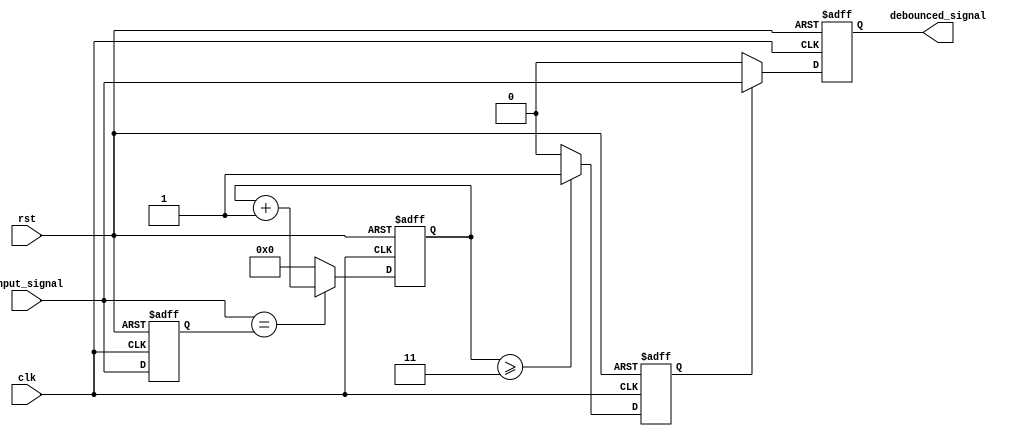
module debounce_circuit(
    input wire clk,
    input wire rst,
    input wire input_signal,
    output reg debounced_signal
);

parameter COUNTER_WIDTH = 4;
parameter DEBOUNCE_CYCLES = 3;

reg [COUNTER_WIDTH-1:0] counter;
reg prev_input_signal;
reg stable_signal;

always @(posedge clk or posedge rst) begin
    if (rst) begin
        counter <= 0;
        prev_input_signal <= 0;
        stable_signal <= 0;
        debounced_signal <= 0;
    end else begin
        if (input_signal == prev_input_signal) begin
            counter <= counter + 1;
        end else begin
            counter <= 0;
        end
        
        if (counter >= DEBOUNCE_CYCLES) begin
            stable_signal <= 1;
        end else begin
            stable_signal <= 0;
        end
        
        if (stable_signal) begin
            debounced_signal <= input_signal;
        end else begin
            debounced_signal <= 0;
        end
        
        prev_input_signal <= input_signal;
    end
end

endmodule